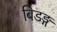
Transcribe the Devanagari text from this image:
बिडङ्ग